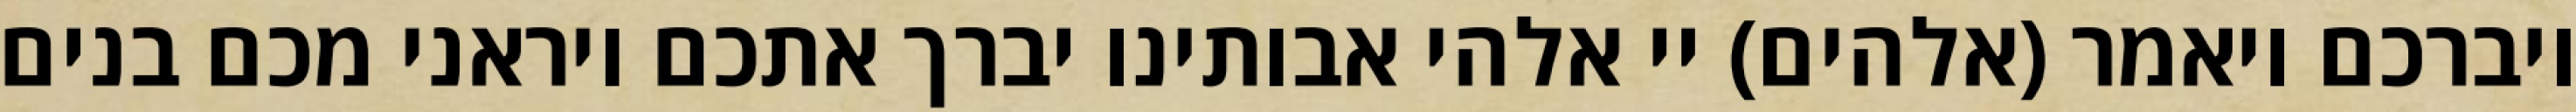
ויברכם ויאמר (אלהים) יי אלהי אבותינו יברך אתכם ויראני מכם בנים